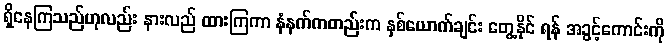
ရှိနေကြသည်ဟုလည်း နားလည် ထားကြကာ နံနက်ကတည်းက နှစ်ယောက်ချင်း တွေ့နိုင် ရန် အခွင့်ကောင်းကို